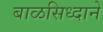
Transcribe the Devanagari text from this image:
बाळसिध्दाने